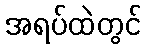
အရပ်ထဲတွင်